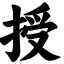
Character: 授